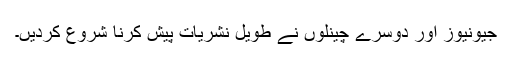
جیونیوز اور دوسرے چینلوں نے طویل نشریات پیش کرنا شروع کردیں۔